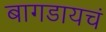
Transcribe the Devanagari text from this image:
बागडायचं